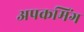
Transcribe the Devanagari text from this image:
अपकमिंग